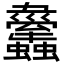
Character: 𧕱